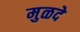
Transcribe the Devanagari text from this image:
मुळदे